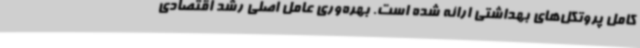
کامل پروتکل‌های بهداشتی ارائه شده است. بهره‌وری عامل اصلی رشد اقتصادی